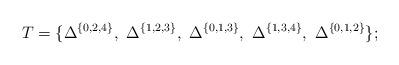
LaTeX: \begin{align*} T\overset{}{=}\{\Delta^{\{0,2,4\}}, \ \Delta^{\{ 1,2,3\}}, \ \Delta^{\{0,1,3\}}, \ \Delta^{\{1,3,4\}}, \ \Delta^{\{0,1,2\}}\}; \end{align*}